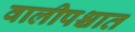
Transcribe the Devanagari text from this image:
वालीपश्चात